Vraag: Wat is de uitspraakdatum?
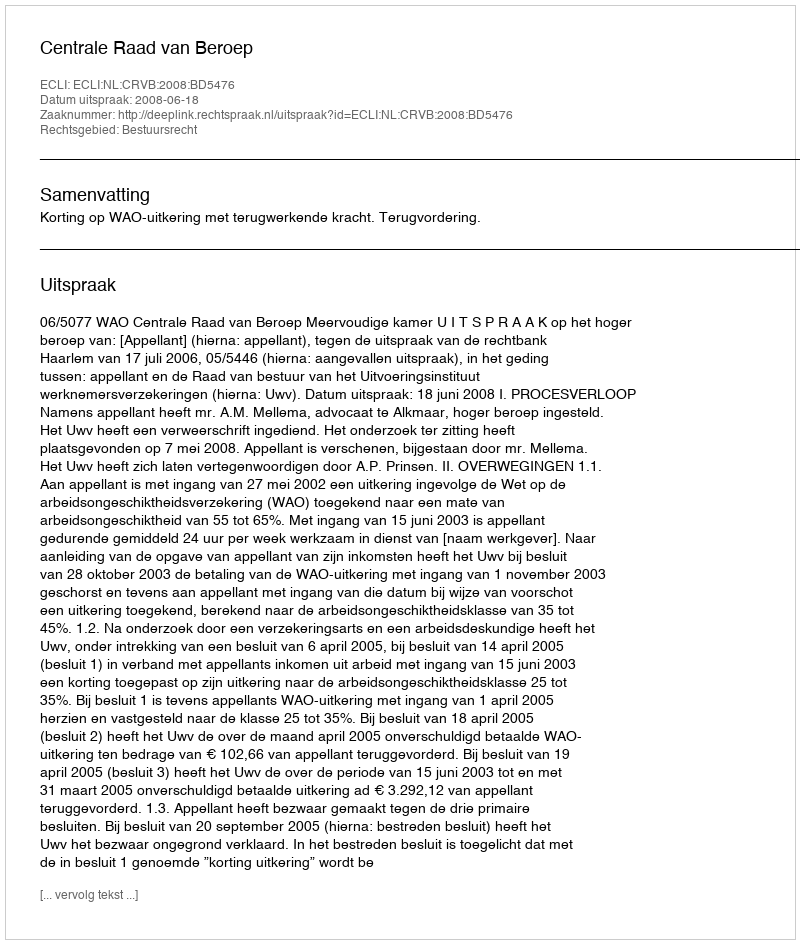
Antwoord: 2008-06-18